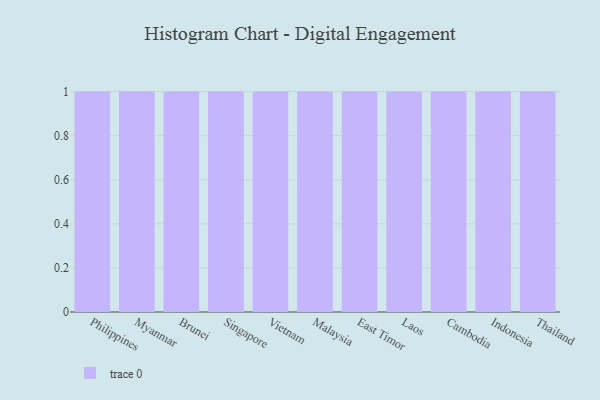
{"axis": {"x": "Country", "y": "Energy Usage (MWh)"}, "legend": [""], "data": [{"x": "Philippines", "y": 42, "type": ""}, {"x": "Myanmar", "y": 17, "type": ""}, {"x": "Brunei", "y": 75, "type": ""}, {"x": "Singapore", "y": 71, "type": ""}, {"x": "Vietnam", "y": 46, "type": ""}, {"x": "Malaysia", "y": 54, "type": ""}, {"x": "East Timor", "y": 37, "type": ""}, {"x": "Laos", "y": 64, "type": ""}, {"x": "Cambodia", "y": 39, "type": ""}, {"x": "Indonesia", "y": 44, "type": ""}, {"x": "Thailand", "y": 62, "type": ""}]}